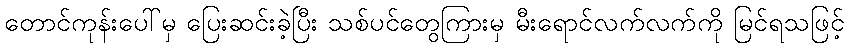
တောင်ကုန်းပေါ်မှ ပြေးဆင်းခဲ့ပြီး သစ်ပင်တွေကြားမှ မီးရောင်လက်လက်ကို မြင်ရသဖြင့်